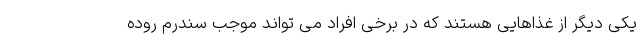
یکی دیگر از غذاهایی هستند که در برخی افراد می تواند موجب سندرم روده